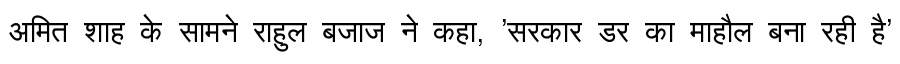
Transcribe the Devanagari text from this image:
अमित शाह के सामने राहुल बजाज ने कहा, 'सरकार डर का माहौल बना रही है'